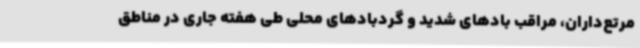
مرتع‌داران، مراقب بادهای شدید و گردبادهای محلی طی هفته جاری در مناطق